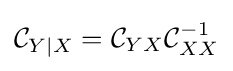
{\mathcal {C}}_{Y\mid X}={\mathcal {C}}_{YX}{\mathcal {C}}_{XX}^{-1}